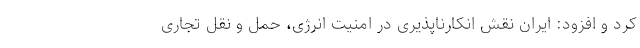
کرد و افزود: ایران نقش انکارناپذیری در امنیت انرژی، حمل و نقل تجاری